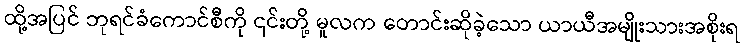
ထို့အပြင် ဘုရင်ခံကောင်စီကို ၎င်းတို့ မူလက တောင်းဆိုခဲ့သော ယာယီအမျိုးသားအစိုးရ